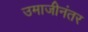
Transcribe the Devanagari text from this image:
उमाजीनंतर